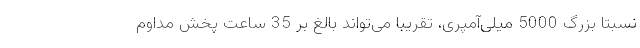
نسبتا بزرگ 5000 میلی‌آمپری، تقریبا می‌تواند بالغ بر 35 ساعت پخش مداوم